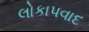
લોકાપવાદ